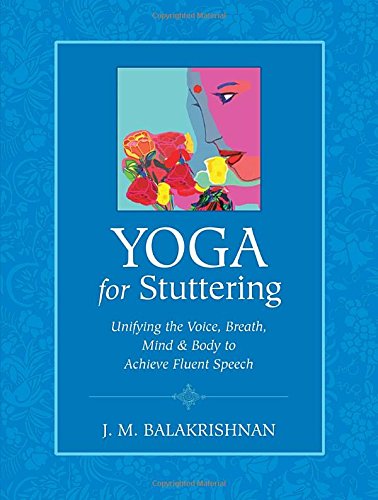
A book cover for Yoga for Stuttering: Unifying the Voice, Breath, Mind & Body to Achieve Fluent Speech; J.M. Balakrishnan; Health, Fitness & Dieting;